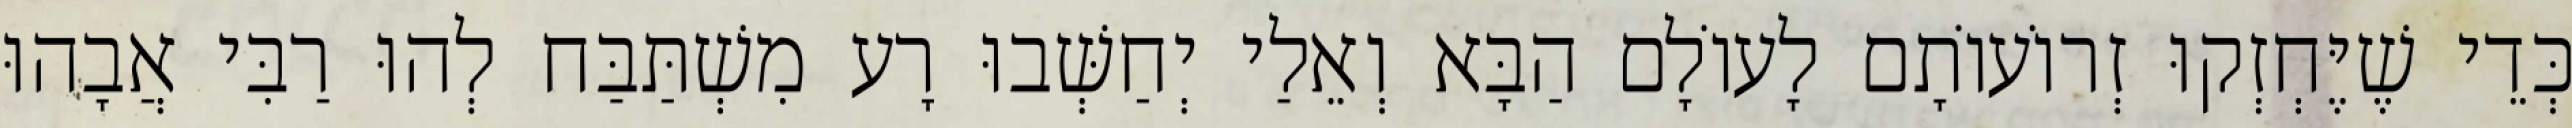
כְּדֵי שֶׁיֶּחְזְקוּ זְרוֹעוֹתָם לָעוֹלָם הַבָּא וְאֵלַי יְחַשְּׁבוּ רָע מִשְׁתַּבַּח לְהוּ רַבִּי אֲבָהוּ